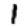
Digit: 1